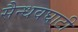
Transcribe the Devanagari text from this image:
सैन्धवघाटी